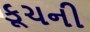
કૂચની